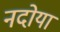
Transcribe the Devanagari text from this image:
नदोया